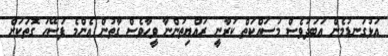
އަޅުގަނޑުމެން އަބަދުވެސް މަސައްކަތް ކުރާނީ ރައްޔިތުންނާ ވީހާވެސް ގާތުން އެންމެ ފަސޭހަ ގޮތަކަށް